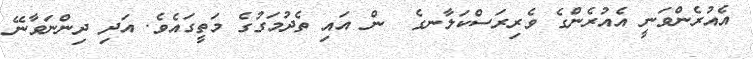
އެއުރެންވަނީ އެއުރެންގެ ވެރިރަސްކަލާނގެ  ން އައި ތެދުމަގުގެ މަތީގައެވެ. އަދި ދިންނަވާނޭ